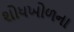
શોધખોળના